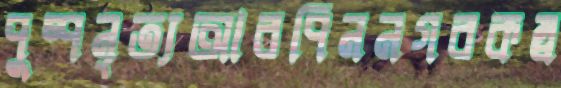
পুষ্পনৃত্যআরপিননগরকম্ব